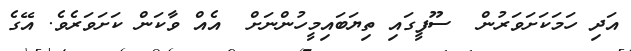
އަދި ހަމަކަށަވަރުން  ސޫފީގައި ތިޔަބައިމީހުންނަށް  އެއް ވާކަން ކަށަވަރެވެ. އޭގެ